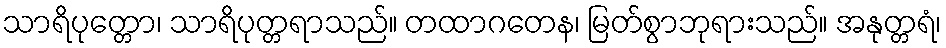
သာရိပုတ္တော၊ သာရိပုတ္တရာသည်။ တထာဂတေန၊ မြတ်စွာဘုရားသည်။ အနုတ္တရံ၊